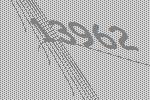
13962